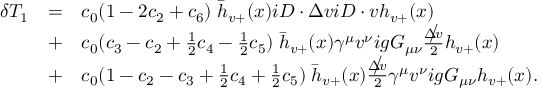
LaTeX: \begin{array} { l c l } { { \delta { \cal T } _ { 1 } } } & { { = } } & { { c _ { 0 } ( 1 - 2 c _ { 2 } + c _ { 6 } ) \; \bar { h } _ { v + } ( x ) i D \cdot \Delta v i D \cdot v h _ { v + } ( x ) } } \\ { { } } & { { + } } & { { c _ { 0 } ( c _ { 3 } - c _ { 2 } + { \frac { 1 } { 2 } } c _ { 4 } - { \frac { 1 } { 2 } } c _ { 5 } ) \; \bar { h } _ { v + } ( x ) \gamma ^ { \mu } v ^ { \nu } i g G _ { \mu \nu } { \frac { \; \rlap / { \! \! { \Delta } \! v } } { 2 } } h _ { v + } ( x ) } } \\ { { } } & { { + } } & { { c _ { 0 } ( 1 - c _ { 2 } - c _ { 3 } + { \frac { 1 } { 2 } } c _ { 4 } + { \frac { 1 } { 2 } } c _ { 5 } ) \; \bar { h } _ { v + } ( x ) { \frac { \; \rlap / { \! \! { \Delta } \! v } } { 2 } } \gamma ^ { \mu } v ^ { \nu } i g G _ { \mu \nu } h _ { v + } ( x ) . } } \end{array}